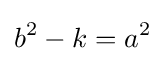
b^{2}-k=a^{2}